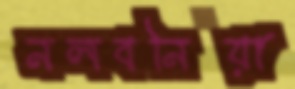
নলবনিয়া